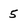
Character: 5